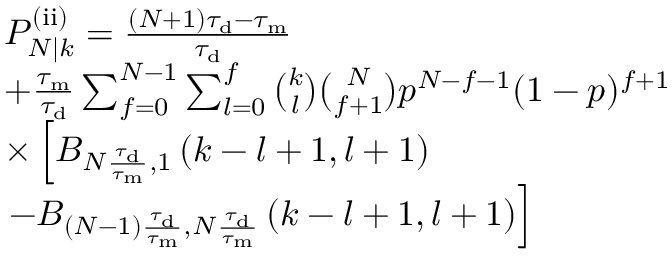
\begin{array} { r l } & { P _ { N | k } ^ { \mathrm { ( i i ) } } = \frac { ( N + 1 ) \tau _ { \mathrm { d } } - \tau _ { \mathrm { m } } } { \tau _ { \mathrm { d } } } } \\ & { + \frac { \tau _ { \mathrm { m } } } { \tau _ { \mathrm { d } } } \sum _ { f = 0 } ^ { N - 1 } \sum _ { l = 0 } ^ { f } \binom { k } { l } \binom { N } { f + 1 } p ^ { N - f - 1 } ( 1 - p ) ^ { f + 1 } } \\ & { \times \left[ B _ { N \frac { \tau _ { \mathrm { d } } } { \tau _ { \mathrm { m } } } , 1 } \left( k - l + 1 , l + 1 \right) \right. } \\ & { \left. - B _ { ( N - 1 ) \frac { \tau _ { \mathrm { d } } } { \tau _ { \mathrm { m } } } , N \frac { \tau _ { \mathrm { d } } } { \tau _ { \mathrm { m } } } } \left( k - l + 1 , l + 1 \right) \right] } \end{array}